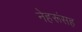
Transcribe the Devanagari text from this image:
नेहरूंसह